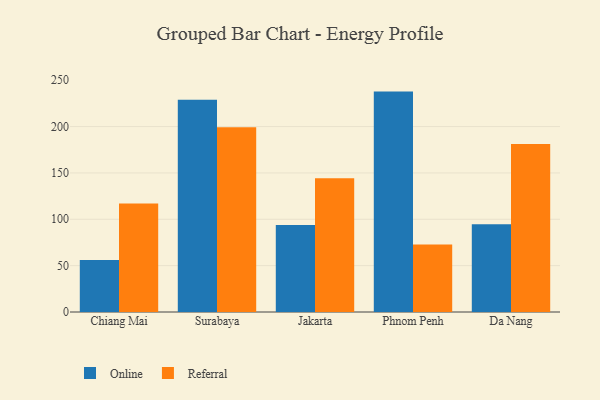
{"axis": {"x": "City", "y": "Tickets Resolved"}, "legend": ["Online", "Referral"], "data": [{"x": "Chiang Mai", "y": 56.1, "type": "Online"}, {"x": "Chiang Mai", "y": 117.0, "type": "Referral"}, {"x": "Surabaya", "y": 229.0, "type": "Online"}, {"x": "Surabaya", "y": 199.3, "type": "Referral"}, {"x": "Jakarta", "y": 93.9, "type": "Online"}, {"x": "Jakarta", "y": 144.3, "type": "Referral"}, {"x": "Phnom Penh", "y": 237.7, "type": "Online"}, {"x": "Phnom Penh", "y": 72.7, "type": "Referral"}, {"x": "Da Nang", "y": 94.6, "type": "Online"}, {"x": "Da Nang", "y": 181.2, "type": "Referral"}]}